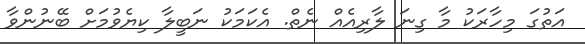
އަތުގަ މިހާރަކު މާ ގިނަ ލާރިއެއް ނެތް. އެކަމަކު ނަބީލާ ކިޔެވުމަށް ބޭނުންވާ